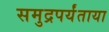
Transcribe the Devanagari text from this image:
समुद्रपर्यंताया